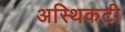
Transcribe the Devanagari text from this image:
अस्थिकटी